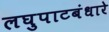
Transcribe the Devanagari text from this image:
लघुपाटबंधारे